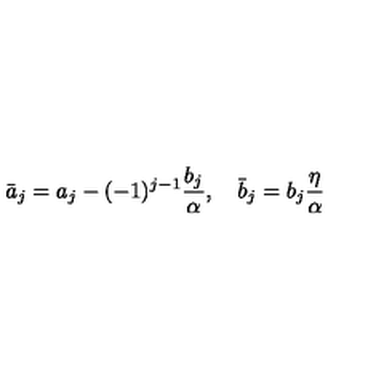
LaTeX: \bar { a } _ { j } = a _ { j } - ( - 1 ) ^ { j - 1 } \frac { b _ { j } } { \alpha } , \quad \bar { b } _ { j } = b _ { j } \frac { \eta } { \alpha }